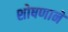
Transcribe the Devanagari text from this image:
शोषणाने